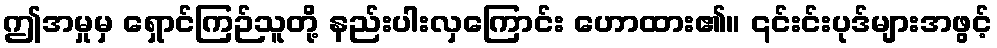
ဤအမှုမှ ရှောင်ကြဉ်သူတို့ နည်းပါးလှကြောင်း ဟောထား၏။ ၎င်းင်းပုဒ်များအဖွင့်